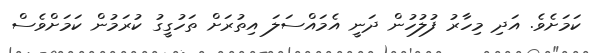
ކަމަށެވެ. އަދި މިހާރު ފުލުހުން ދަނީ އެމައްސަލަ އިތުރަށް ތަހުގީގު ކުރަމުން ކަމަށްވެސް